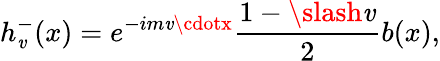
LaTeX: h_{\mathit{v}}^{-}(x)=e^{-im\mathit{v}\cdotx}\frac{{1-\slash\mathit{v}}}{{2}}b(x),